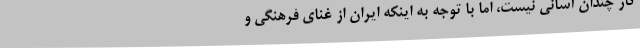
کار چندان آسانی نیست، اما با توجه به اینکه ایران از غنای فرهنگی و